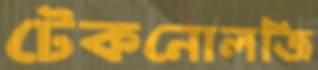
টেকনোলজি